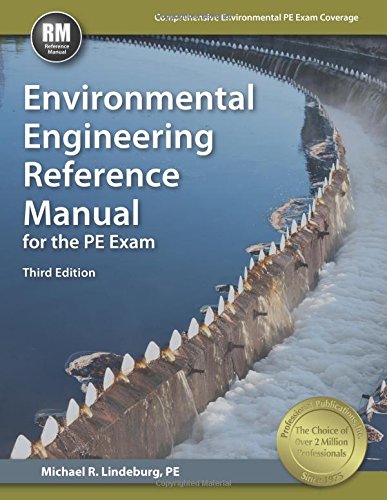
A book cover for Environmental Engineering Reference Manual for the PE Exam; Michael  R. Lindeburg PE; Science & Math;